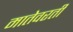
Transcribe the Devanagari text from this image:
मातेवरती